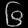
Digit: ၆